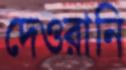
দেওরানি